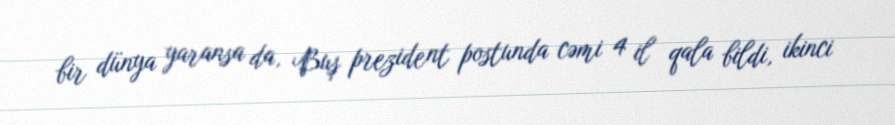
bir dünya yaransa da, Buş prezident postunda cəmi 4 il qala bildi, ikinci